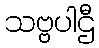
သဗ္ဗပါဌီ